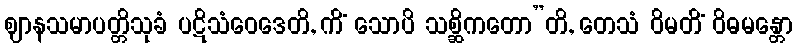
ဈာနသမာပတ္တိသုခံ ပဋိသံဝေဒေတိ, ကိံ သောပိ သစ္ဆိကတော”တိ, တေသံ ဝိမတိံ ဝိဓမန္တော